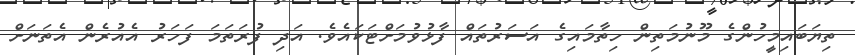
ތިޔަބައިމީހުންގެ މޫނުމަތިން ހިތާމައިގެ އަސަރުތައް ފާޅުވުމަށްޓަކައެވެ. އަދި ފުރަތަމަ ފަހަރު އެއުރެން އެތަނަށް